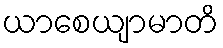
ယာစေယျာမာတိ